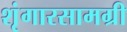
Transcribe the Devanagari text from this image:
शृंगारसामग्री